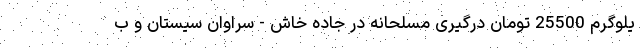
یلوگرم 25500 تومان درگیری مسلحانه در جاده خاش - سراوان سیستان و ب